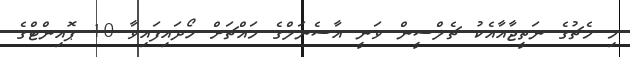
މި މެޗުގެ ނަތީޖާއާއެކު ޗެލްސީން ވަނީ އާސެނަލްގެ މައްޗަށް ހޯދައިފައިވާ 10 ޕޮއިންޓްގެ